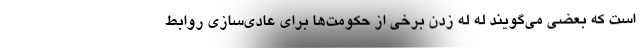
است که بعضی می‌گویند له له زدن برخی از حکومت‌ها برای عادی‌سازی روابط